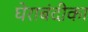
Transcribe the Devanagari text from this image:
घेराबंदीका